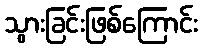
သွားခြင်းဖြစ်ကြောင်း